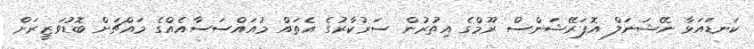
ކަނޑައަޅާ ނޭޝަނަލް އޮޕަރޭޝަންސް ރޫމްގެ އިތުރުން ސަރުކާރުގެ އެތައް މުއައްސަސާއެއްގެ މައްޗަށް ބޮޑުވަޒީރަށް